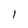
Character: 1